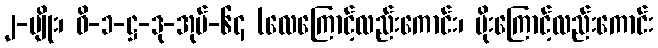
၂-မျိုး၊ ဝိ-၁-ဋ္ဌ-ဒု-အုပ်-၆၄ (လေကြောင့်လည်းကောင်း၊ ပိုးကြောင့်လည်းကောင်း